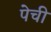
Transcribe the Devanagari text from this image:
पेची